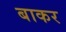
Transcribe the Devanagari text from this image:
बाकर